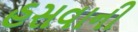
હસવાની